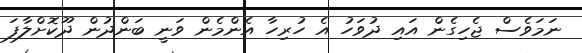
ނަމަވެސް ޖެހިގެން އައި ދުވަހު އެ ހުރިހާ އެންމެން ވަނީ ބަންދުން ދޫކޮށްލާފަ